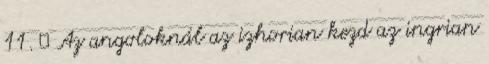
11. ↑ Az angoloknál az izhorian kezd az ingrian